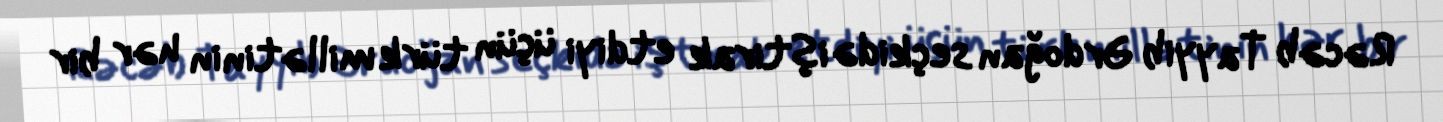
Rəcəb Tayyib Ərdoğan seçkidə iştirak etdiyi üçün türk millətinin hər bir